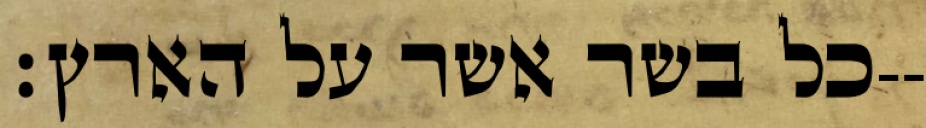
כל בשר אשר על הארץ׃--